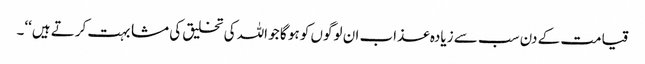
قیامت کے دن سب سے زیادہ عذاب ان لوگوں کو ہو گا جو اللہ کی تخلیق کی مشابہت کرتے ہیں‘‘۔